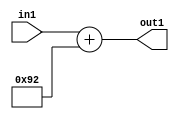
`timescale 1ps / 1ps
/*****************************************************************************
    Verilog RTL Description
    
    
    Created by: Stratus DpOpt 2019.1.01 
*******************************************************************************/

module DC_Filter_Add_12U_261_4 (
	in1,
	out1
	); /* architecture "behavioural" */ 
input [11:0] in1;
output [11:0] out1;
wire [11:0] asc001;

assign asc001 = 
	+(in1)
	+(12'B000010010010);

assign out1 = asc001;
endmodule

/* CADENCE  urnxQwg= : u9/ySgnWtBlWxVPRXgAZ4Og= ** DO NOT EDIT THIS LINE ******/